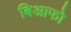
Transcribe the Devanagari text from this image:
बिआफो